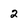
Character: 2